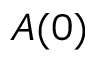
A ( 0 )